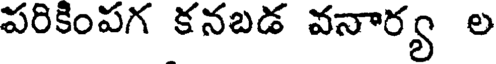
పరికింపగ కనబడ వనార్య ల